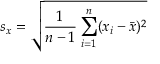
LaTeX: s _ { x } = { \sqrt { { \frac { 1 } { n - 1 } } \sum _ { i = 1 } ^ { n } ( x _ { i } - { \bar { x } } ) ^ { 2 } } }